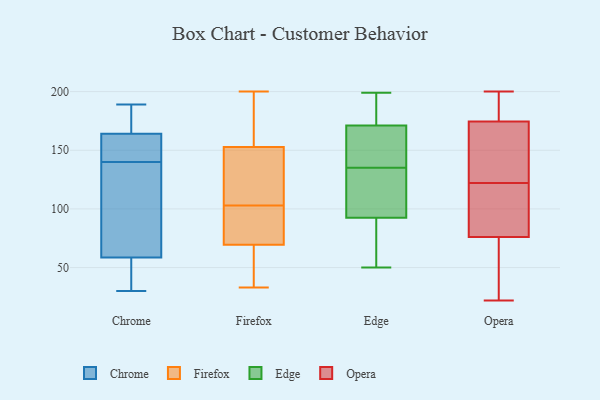
{"axis": {"x": "Temperature (°C)", "y": "Value"}, "legend": ["Chrome", "Edge", "Firefox", "Opera"], "data": [{"x": "", "y": 141, "type": "Chrome"}, {"x": "", "y": 189, "type": "Chrome"}, {"x": "", "y": 157, "type": "Chrome"}, {"x": "", "y": 47, "type": "Chrome"}, {"x": "", "y": 30, "type": "Chrome"}, {"x": "", "y": 150, "type": "Chrome"}, {"x": "", "y": 139, "type": "Chrome"}, {"x": "", "y": 171, "type": "Chrome"}, {"x": "", "y": 83, "type": "Chrome"}, {"x": "", "y": 172, "type": "Chrome"}, {"x": "", "y": 64, "type": "Chrome"}, {"x": "", "y": 53, "type": "Chrome"}, {"x": "", "y": 133, "type": "Firefox"}, {"x": "", "y": 71, "type": "Firefox"}, {"x": "", "y": 103, "type": "Firefox"}, {"x": "", "y": 92, "type": "Firefox"}, {"x": "", "y": 151, "type": "Firefox"}, {"x": "", "y": 177, "type": "Firefox"}, {"x": "", "y": 65, "type": "Firefox"}, {"x": "", "y": 54, "type": "Firefox"}, {"x": "", "y": 72, "type": "Firefox"}, {"x": "", "y": 33, "type": "Firefox"}, {"x": "", "y": 158, "type": "Firefox"}, {"x": "", "y": 120, "type": "Firefox"}, {"x": "", "y": 178, "type": "Firefox"}, {"x": "", "y": 200, "type": "Firefox"}, {"x": "", "y": 64, "type": "Firefox"}, {"x": "", "y": 71, "type": "Firefox"}, {"x": "", "y": 105, "type": "Firefox"}, {"x": "", "y": 56, "type": "Edge"}, {"x": "", "y": 128, "type": "Edge"}, {"x": "", "y": 145, "type": "Edge"}, {"x": "", "y": 101, "type": "Edge"}, {"x": "", "y": 196, "type": "Edge"}, {"x": "", "y": 140, "type": "Edge"}, {"x": "", "y": 133, "type": "Edge"}, {"x": "", "y": 137, "type": "Edge"}, {"x": "", "y": 178, "type": "Edge"}, {"x": "", "y": 50, "type": "Edge"}, {"x": "", "y": 62, "type": "Edge"}, {"x": "", "y": 199, "type": "Edge"}, {"x": "", "y": 106, "type": "Edge"}, {"x": "", "y": 175, "type": "Edge"}, {"x": "", "y": 84, "type": "Edge"}, {"x": "", "y": 167, "type": "Edge"}, {"x": "", "y": 42, "type": "Opera"}, {"x": "", "y": 119, "type": "Opera"}, {"x": "", "y": 122, "type": "Opera"}, {"x": "", "y": 200, "type": "Opera"}, {"x": "", "y": 122, "type": "Opera"}, {"x": "", "y": 150, "type": "Opera"}, {"x": "", "y": 122, "type": "Opera"}, {"x": "", "y": 181, "type": "Opera"}, {"x": "", "y": 178, "type": "Opera"}, {"x": "", "y": 30, "type": "Opera"}, {"x": "", "y": 184, "type": "Opera"}, {"x": "", "y": 171, "type": "Opera"}, {"x": "", "y": 110, "type": "Opera"}, {"x": "", "y": 135, "type": "Opera"}, {"x": "", "y": 22, "type": "Opera"}, {"x": "", "y": 34, "type": "Opera"}]}